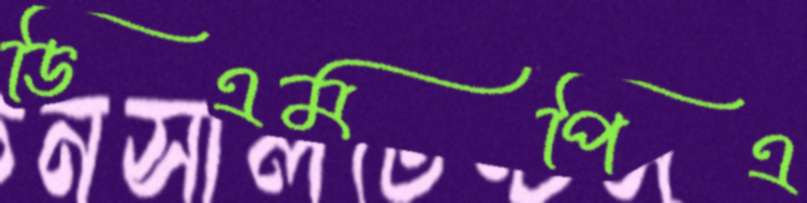
ডিএমপিএ